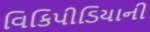
વિકિપીડિયાની